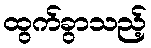
ထွက်ခွာသည့်